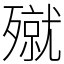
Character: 殧